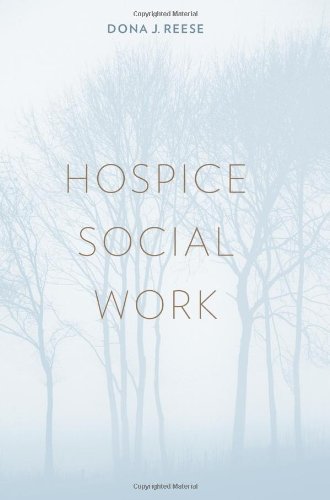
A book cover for Hospice Social Work (End-of-Life Care: A Series); Dona J. Reese; Self-Help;